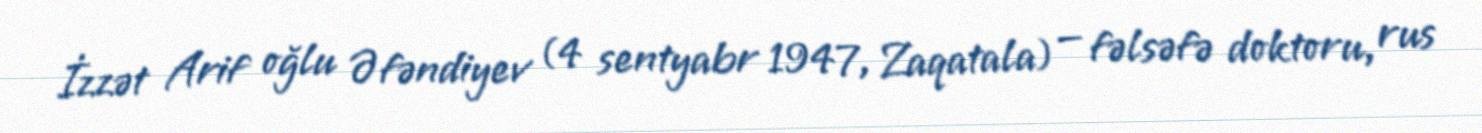
İzzət Arif oğlu Əfəndiyev (4 sentyabr 1947, Zaqatala) — fəlsəfə doktoru, rus